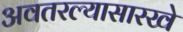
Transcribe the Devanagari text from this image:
अवतरल्यासारखे